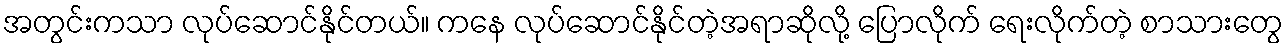
အတွင်းကသာ လုပ်ဆောင်နိုင်တယ်။ ကနေ လုပ်ဆောင်နိုင်တဲ့အရာဆိုလို့ ပြောလိုက် ရေးလိုက်တဲ့ စာသားတွေ